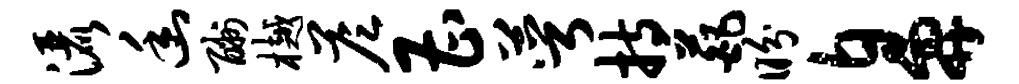
洒幽酬樾答曹萼持葩盼鼻